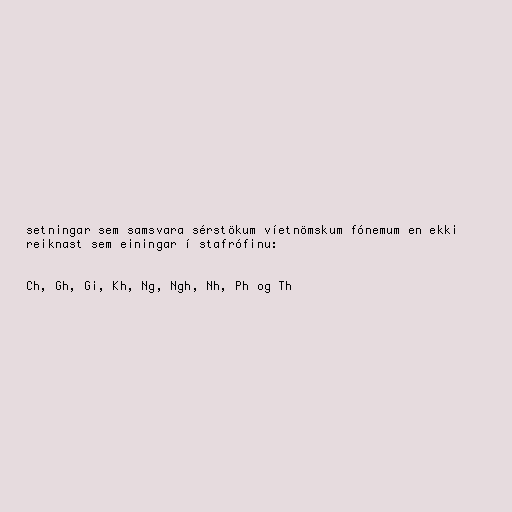
setningar sem samsvara sérstökum víetnömskum fónemum en ekki
reiknast sem einingar í stafrófinu:

Ch, Gh, Gi, Kh, Ng, Ngh, Nh, Ph og Th